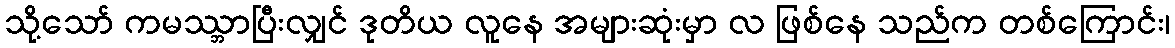
သို့သော် ကမဿ္ဘာပြီးလျှင် ဒုတိယ လူနေ အများဆုံးမှာ လ ဖြစ်နေ သည်က တစ်ကြောင်း၊